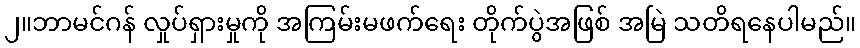
၂။ဘာမင်ဂန် လှုပ်ရှားမှုကို အကြမ်းမဖက်ရေး တိုက်ပွဲအဖြစ် အမြဲ သတိရနေပါမည်။